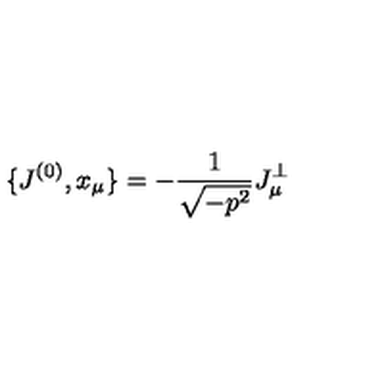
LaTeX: \{ J ^ { ( 0 ) } , x _ { \mu } \} = - \frac { 1 } { \sqrt { - p ^ { 2 } } } J _ { \mu } ^ { \bot }